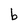
Character: b